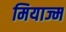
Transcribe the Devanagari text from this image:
मियाज्म